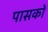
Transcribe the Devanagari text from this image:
पासकों